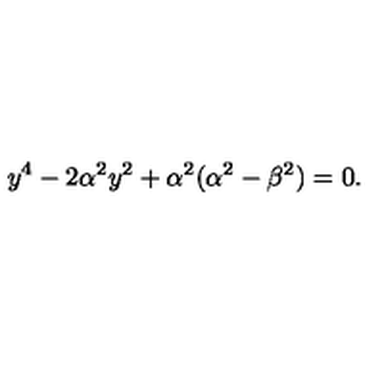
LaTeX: y ^ { 4 } - 2 \alpha ^ { 2 } y ^ { 2 } + \alpha ^ { 2 } ( \alpha ^ { 2 } - \beta ^ { 2 } ) = 0 .